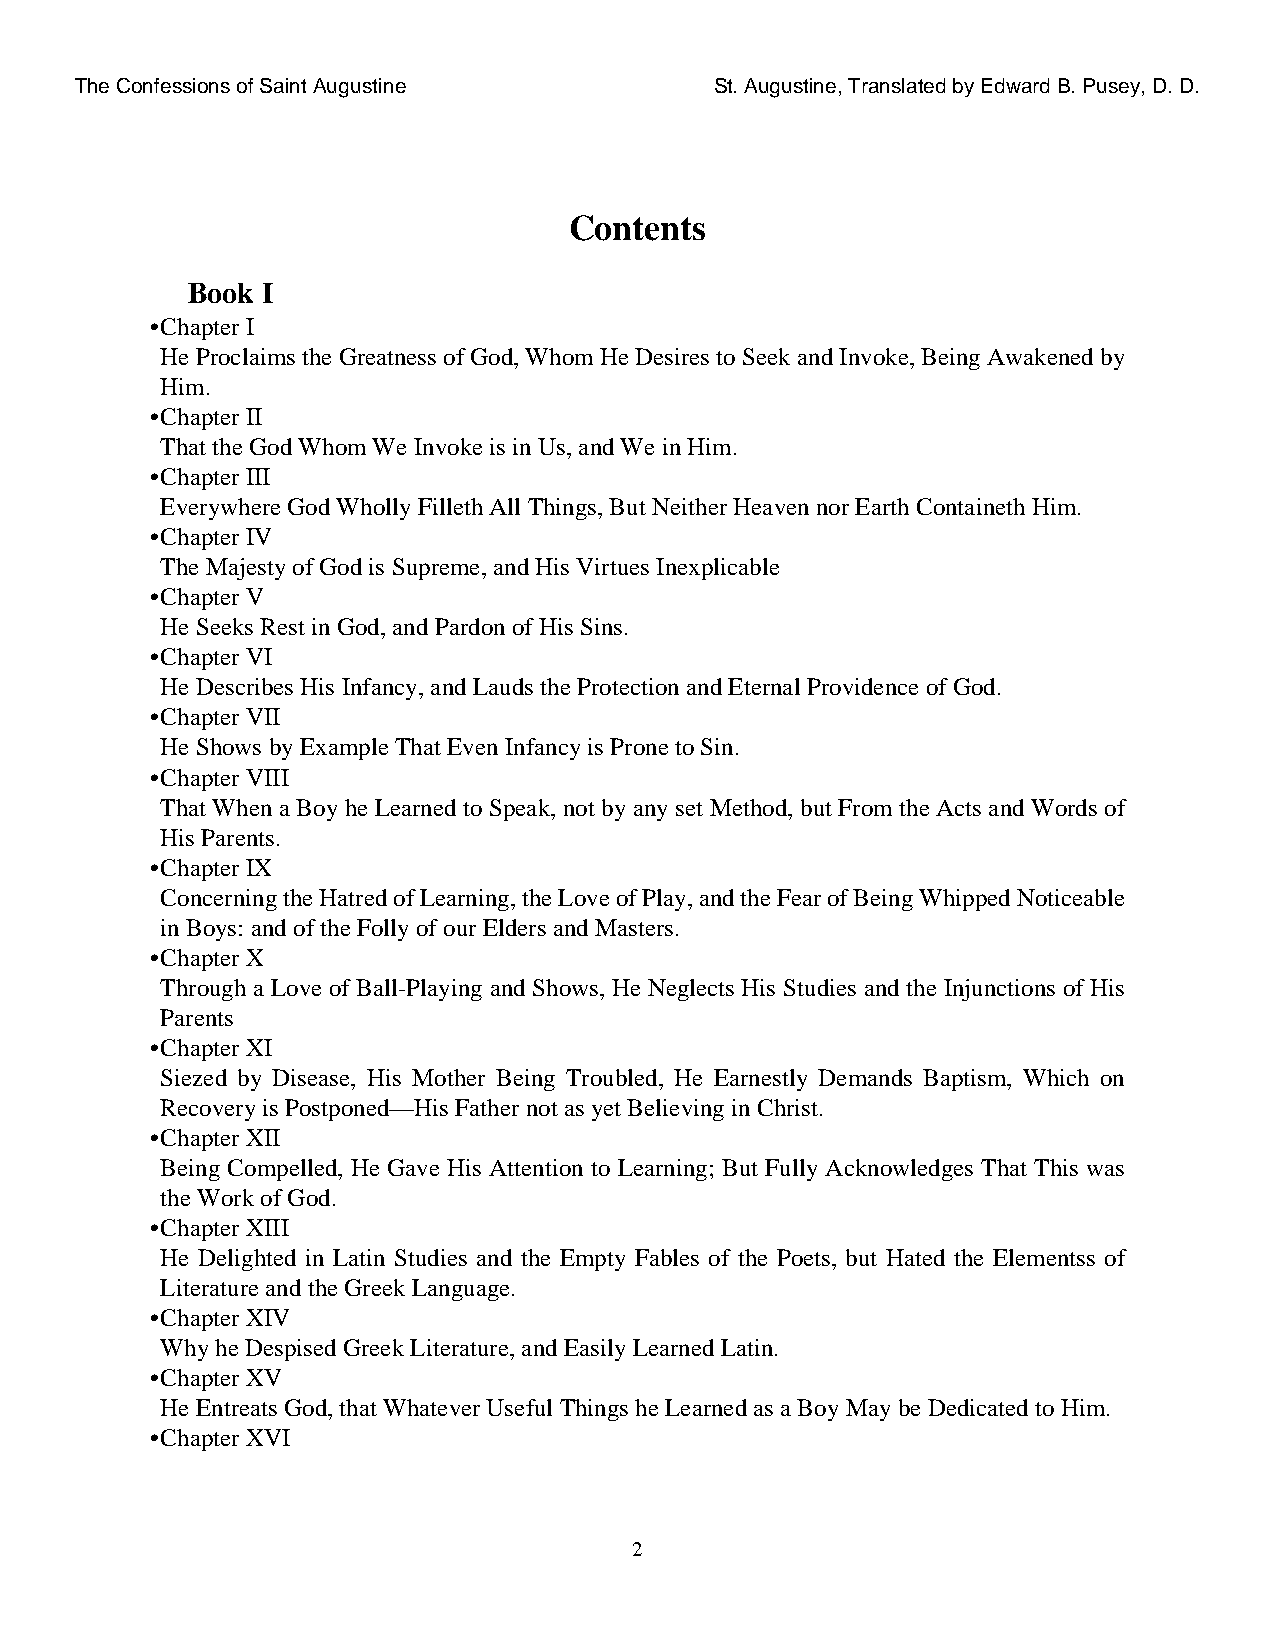
The Confessions of Saint Augustine        St. Augustine, Translated by Edward B. Pusey, D. D.
 Contents
 Book I
 •Chapter I
 He Proclaims the Greatness of God, Whom He Desires to Seek and Invoke, Being Awakened by
 Him.
 •Chapter II
 That the God Whom We Invoke is in Us, and We in Him.
 •Chapter III
 Everywhere God Wholly Filleth All Things, But Neither Heaven nor Earth Containeth Him.
 •Chapter IV
 The Majesty of God is Supreme, and His Virtues Inexplicable
 •Chapter V
 He Seeks Rest in God, and Pardon of His Sins.
 •Chapter VI
 He Describes His Infancy, and Lauds the Protection and Eternal Providence of God.
 •Chapter VII
 He Shows by Example That Even Infancy is Prone to Sin.
 •Chapter VIII
 That When a Boy he Learned to Speak, not by any set Method, but From the Acts and Words of
 His Parents.
 •Chapter IX
 Concerning the Hatred of Learning, the Love of Play, and the Fear of Being Whipped Noticeable
 in Boys: and of the Folly of our Elders and Masters.
 •Chapter X
 Through a Love of Ball-Playing and Shows, He Neglects His Studies and the Injunctions of His
 Parents
 •Chapter XI
 Siezed by Disease, His Mother Being Troubled, He Earnestly Demands Baptism, Which on
 Recovery is Postponed—His Father not as yet Believing in Christ.
 •Chapter XII
 Being Compelled, He Gave His Attention to Learning; But Fully Acknowledges That This was
 the Work of God.
 •Chapter XIII
 He Delighted in Latin Studies and the Empty Fables of the Poets, but Hated the Elementss of
 Literature and the Greek Language.
 •Chapter XIV
 Why he Despised Greek Literature, and Easily Learned Latin.
 •Chapter XV
 He Entreats God, that Whatever Useful Things he Learned as a Boy May be Dedicated to Him.
 •Chapter XVI
 2